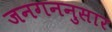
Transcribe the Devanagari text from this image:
जनगननुसार